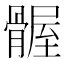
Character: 𫘴